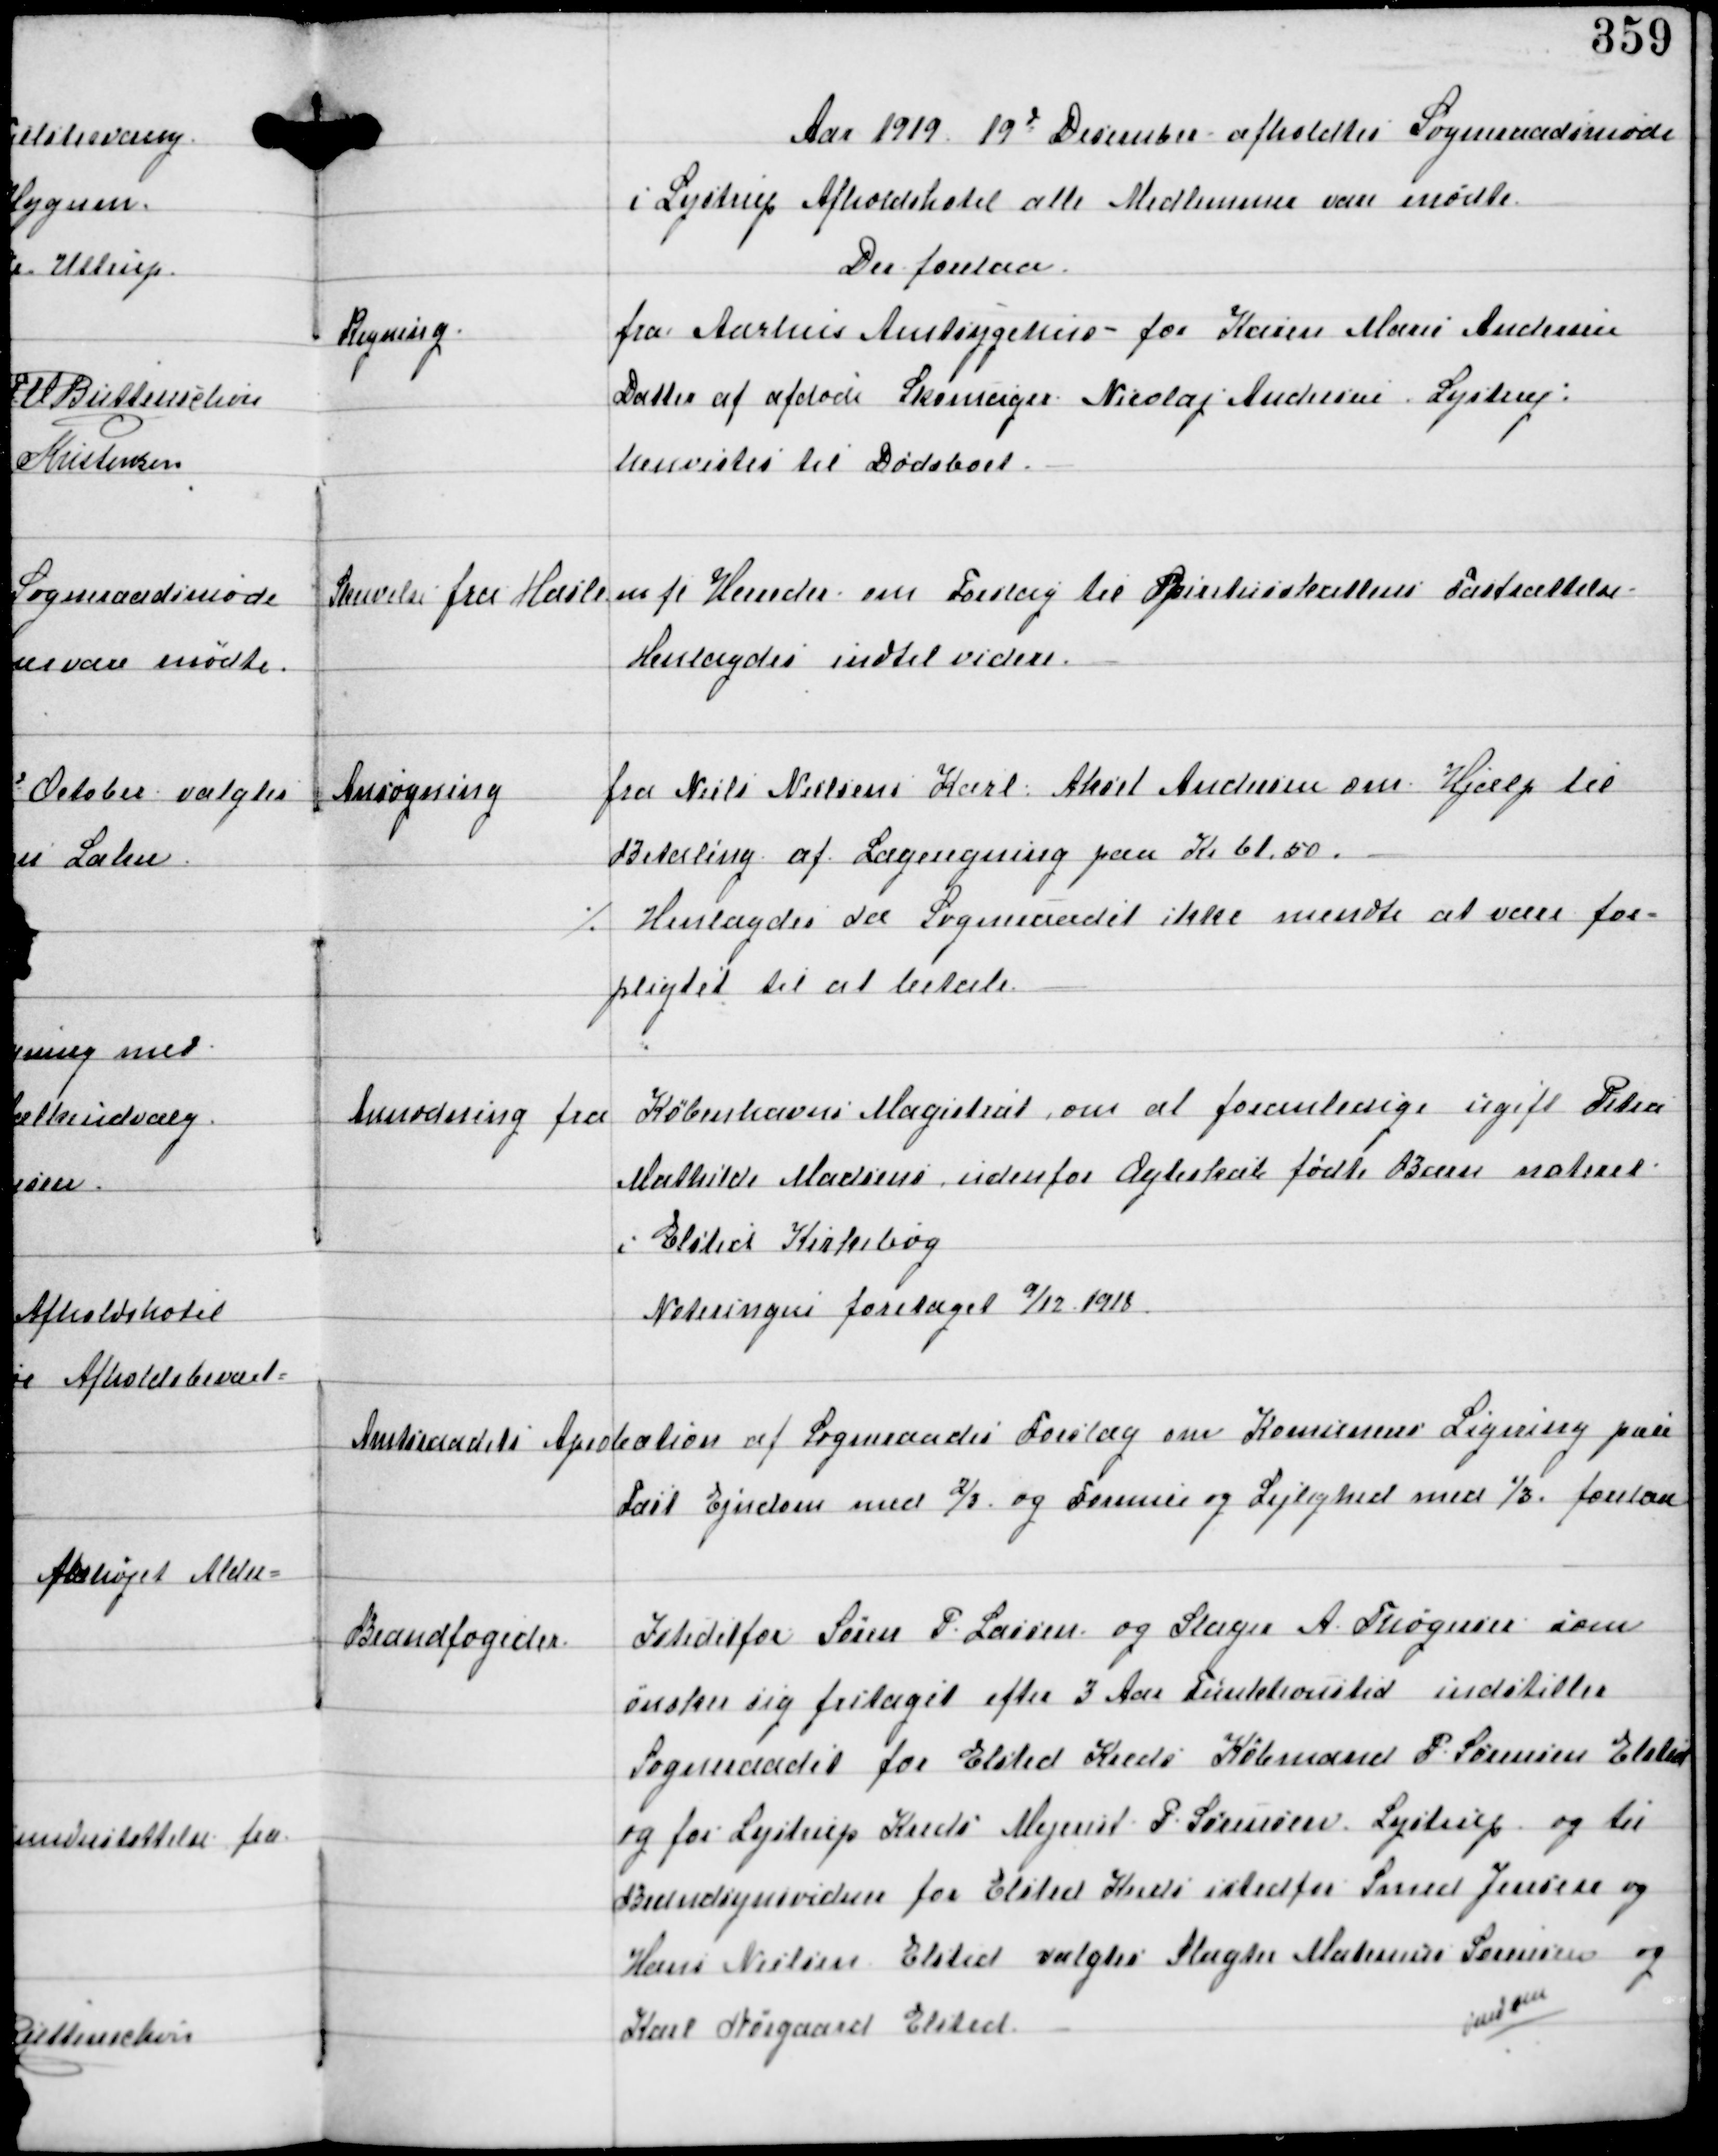
Transskription:
Aar 1919 19d December afholdtes Sogneraadsmøde
i Lystrup Afholdshotel alle Medlemmer vare mødte.
Der forelaa.

Regning.

fra Aarhus Amtsygehus - for Karen Marie Andersen
Datter af afdøde Skomager Nicolaj Andersen Lystrup:
Henvistes til Dødsboet.

Skrivelse fra Hasle mfl Herreder om Forslag til Spiritusskattens Fastsættelse.
Henlagdes indtil videre.

Ansøgning

fra Niels Nielsens Karl Aksel Andersen om Hjælp til
Betaling af Lægeregning paa Kr 61.50.
⁒ Henlagdes da Sogneraadet ikke mente at være for-
pligtet til at betale.

Anmodning fra Københavns Magistrat om at foranledige ugift Petra
Mathilde Madsens udenfor Ægteskab fødte Barn noteret
i Elsted Kirkebog
Noteringen foretaget 9/12 1918

Amtsraaadets Aprobation af Sogneraadets Forslag om Komunens Ligning paa
fast Ejendom med 2/3 og Formue og Lejlighed 1/3 forelaa

Brandfogeder

Istedetfor Søren P. Lassen og Slager A Thøgersen som
ønsker sig fritaget efter 3 Aars Funktionstid indstiller
Sogneraadet for Elsted Kreds Købmand P. Sørensen Elsted
og for Lystrup Kreds Mejerist P. Sørensen Lystrup og til
Brandsynsvidne for Elsted Kreds istedetfor Smed Jensen og
Hans Nielsen Elsted valgtes Slagter Matemus Sørensen og
Karl Nørgaard Elsted.